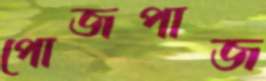
পোজপাজ